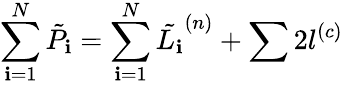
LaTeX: \sum_{\mathbf{i}=1}^{N}\tilde{{P_{\mathbf{i}}}}=\sum_{\mathbf{i}=1}^{N}\tilde{{L_{\mathbf{i}}}}^{(n)}+\sum2l^{(c)}